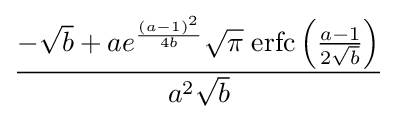
{\frac {-{\sqrt {b}}+ae^{\frac {(a-1)^{2}}{4b}}{\sqrt {\pi }}\;{\textrm {erfc}}\left({\frac {a-1}{2{\sqrt {b}}}}\right)}{a^{2}{\sqrt {b}}}}